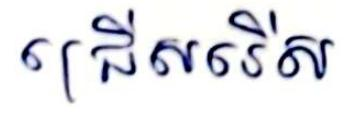
ជ្រើសរើស